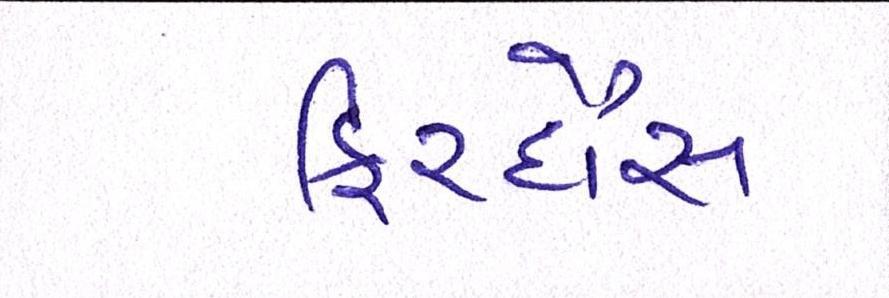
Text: ફિરદૌસ